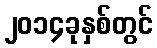
၂၀၁၄ခုနှစ်တွင်